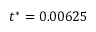
t ^ { * } = 0 . 0 0 6 2 5